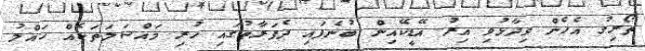
ތޯރިގު އެހެން ވިދާޅުވި އިރު އޭޑީކޭއިން ބުނެފައި ދެފަރާތުގައި ހުރި މައްސަލަތަކެއް ހައްލު